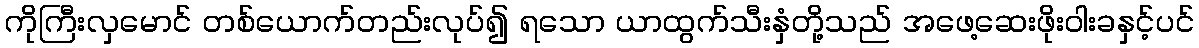
ကိုကြီးလှမောင် တစ်ယောက်တည်းလုပ်၍ ရသော ယာထွက်သီးနှံတို့သည် အဖေ့ဆေးဖိုးဝါးခနှင့်ပင်